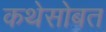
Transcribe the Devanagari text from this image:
कथेसोबत